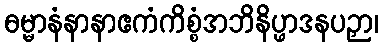
ဓမ္မာနံနာနာဧကံကိစ္စံအဘိနိပ္ဖာဒနပဉှာ၊